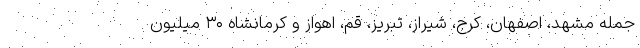
جمله مشهد، اصفهان، کرج، شیراز، تبریز، قم، اهواز و کرمانشاه ۳۰ میلیون